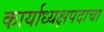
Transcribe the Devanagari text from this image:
कार्याध्यक्षपदाचा